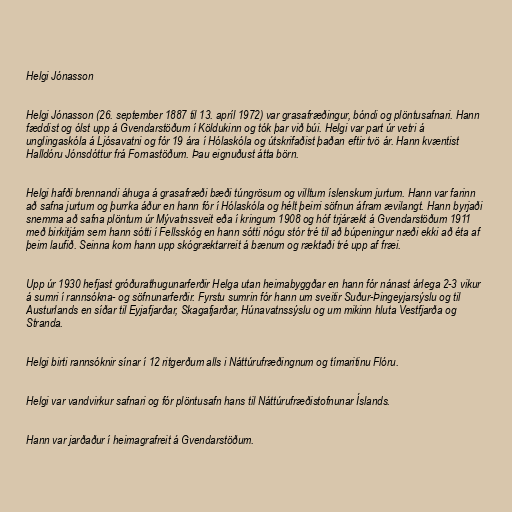
Helgi Jónasson

Helgi Jónasson (26. september 1887 til 13. apríl 1972) var grasafræðingur, bóndi og plöntusafnari. Hann
fæddist og ólst upp á Gvendarstöðum í Köldukinn og tók þar við búi. Helgi var part úr vetri á
unglingaskóla á Ljósavatni og fór 19 ára í Hólaskóla og útskrifaðist þaðan eftir tvö ár. Hann kvæntist
Halldóru Jónsdóttur frá Fornastöðum. Þau eignuðust átta börn.

Helgi hafði brennandi áhuga á grasafræði bæði túngrösum og villtum íslenskum jurtum. Hann var farinn
að safna jurtum og þurrka áður en hann fór í Hólaskóla og hélt þeirri söfnun áfram ævilangt. Hann byrjaði
snemma að safna plöntum úr Mývatnssveit eða í kringum 1908 og hóf trjárækt á Gvendarstöðum 1911
með birkitjám sem hann sótti í Fellsskóg en hann sótti nógu stór tré til að búpeningur næði ekki að éta af
þeim laufið. Seinna kom hann upp skógræktarreit á bænum og ræktaði tré upp af fræi.

Upp úr 1930 hefjast gróðurathugunarferðir Helga utan heimabyggðar en hann fór nánast árlega 2-3 vikur
á sumri í rannsókna- og söfnunarferðir. Fyrstu sumrin fór hann um sveitir Suður-Þingeyjarsýslu og til
Austurlands en síðar til Eyjafjarðar, Skagafjarðar, Húnavatnssýslu og um mikinn hluta Vestfjarða og
Stranda.

Helgi birti rannsóknir sínar í 12 ritgerðum alls i Náttúrufræðingnum og tímaritinu Flóru.

Helgi var vandvirkur safnari og fór plöntusafn hans til Náttúrufræðistofnunar Íslands.

Hann var jarðaður í heimagrafreit á Gvendarstöðum.